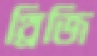
থ্রিজি